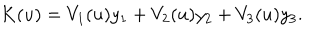
LaTeX: K ( u ) = V _ { 1 } ( u ) y _ { 1 } + V _ { 2 } ( u ) y _ { 2 } + V _ { 3 } ( u ) y _ { 3 } .